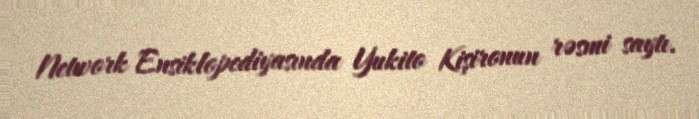
Network Ensiklopediyasında Yukito Kişironun rəsmi saytı.